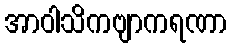
အာဝါသိကဗျာကရဏာ